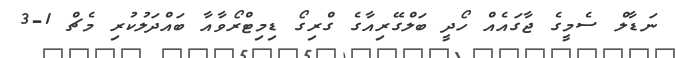
ނަޑާލް ސެމީގެ ޖާގައެއް ހޯދީ ބަލްގޭރިއާގެ ގްރިގޯ ޑިމިޓްރޯވާއާ ބައްދަލުކުރި މެޗް 1-3